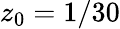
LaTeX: z_{0}=1/30